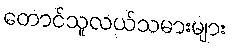
တောင်သူလယ်သမားများ